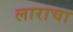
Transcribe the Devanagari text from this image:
लाराचा